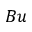
B u